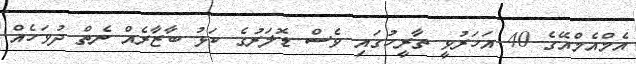
އެމްއެމްއޭގެ 40 އަހަަރުވީ ތާރީހުގައި ވެސް ޑޮލަރުގެ ކަޅު ބާޒާރެއް ނެތް ދުވަހެއް